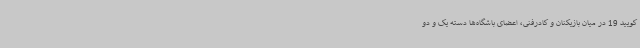
کویید 19 در میان بازیکنان و کادرفنی، اعضای باشگاه‌ها دسته یک و دو